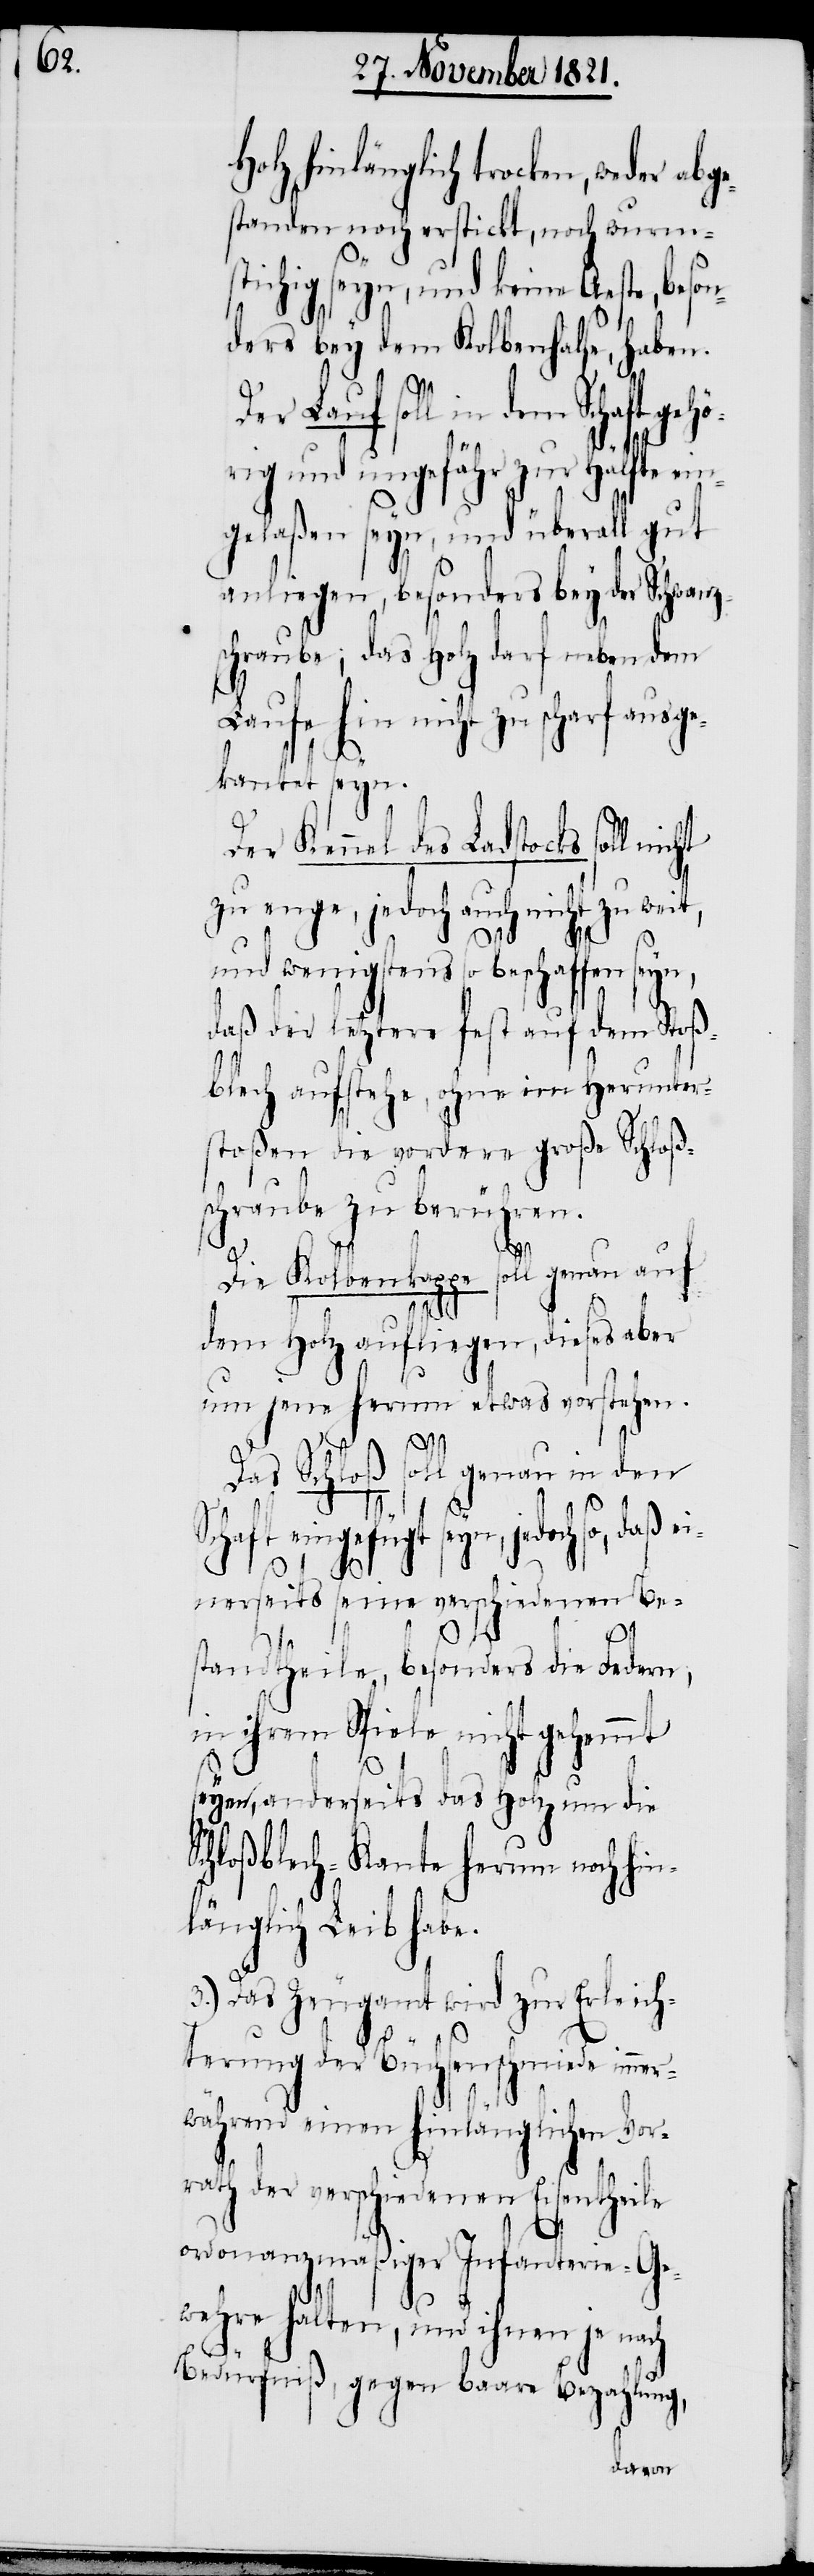
Holz hinlänglich trocken, weder
standen noch erstickt, noch wurm¬
stichig seyn, und keine Aeste, beson¬
ders bey dem Kolbenhalse, haben.
Der Lauf soll in dem Schaft gehö¬
rig und ungefähr zur Hälfte ein¬
gelaßen seyn, und überall gut
anliegen, besonders bey der Schwanz¬
schraube; das Holz darf neben dem
Laufe hin nicht zu scharf ausge¬
kantet seyn.
Der Kennel des Ladstocks soll
zu enge, jedoch auch nicht zu weit,
und wenigstens so beschaffen
daß der letztere fest auf dem Stoß¬
blech aufstehe, ohne im Herunter¬
stoßen die vordere große Schloß¬
schraube zu berühren.
abge¬
Die Kolbenkappe soll genau auf
dem Holz aufliegen, dieses aber
um jene herum etwas vorstehen.
Das Schloß soll genau in den
S¬
chaft eingefügt seyn, jedoch so,
einerseits seine verschiedenen Be¬
3.)
standtheile, besonders die Federn,
in ihrem Spiel nicht gehemmt
seyen, anderseits das Holz um die
Schloßblech-Kante herum noch hin¬
länglich Leib habe.
Das Zeugamt wird zur Erleich¬
terung der Büchsenschmiede imme¬
rwährend einen hinlänglichen Vor¬
rath der verschiedenen Eisentheile
ordonanzmäßiger Infanterie-Ge¬
wehre halten, und ihnen je nach
Bedürfniß, gegen baare Bezahlung,